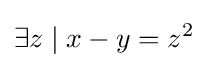
\exists z\mid x-y=z^{2}